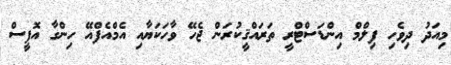
މިއަދު ދިވެހި ފިލްމް އިންޑަސްޓްރީ ތަރައްޤީކުރަން ޖެހޭ ވާހަކަޔާއި އެމްއެފްއޭ ހިންގާ އޮފީސް